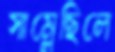
সাম্‌লেছিলে